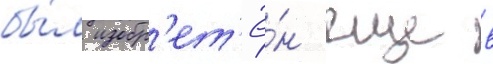
бы́л изобр'ет'ё́н еще в